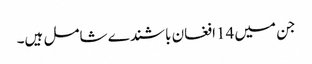
جن میں 14افغان باشندے شامل ہیں۔